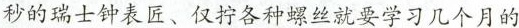
秒的瑞士钟表匠、仅拧各种螺丝就要学习几个月的